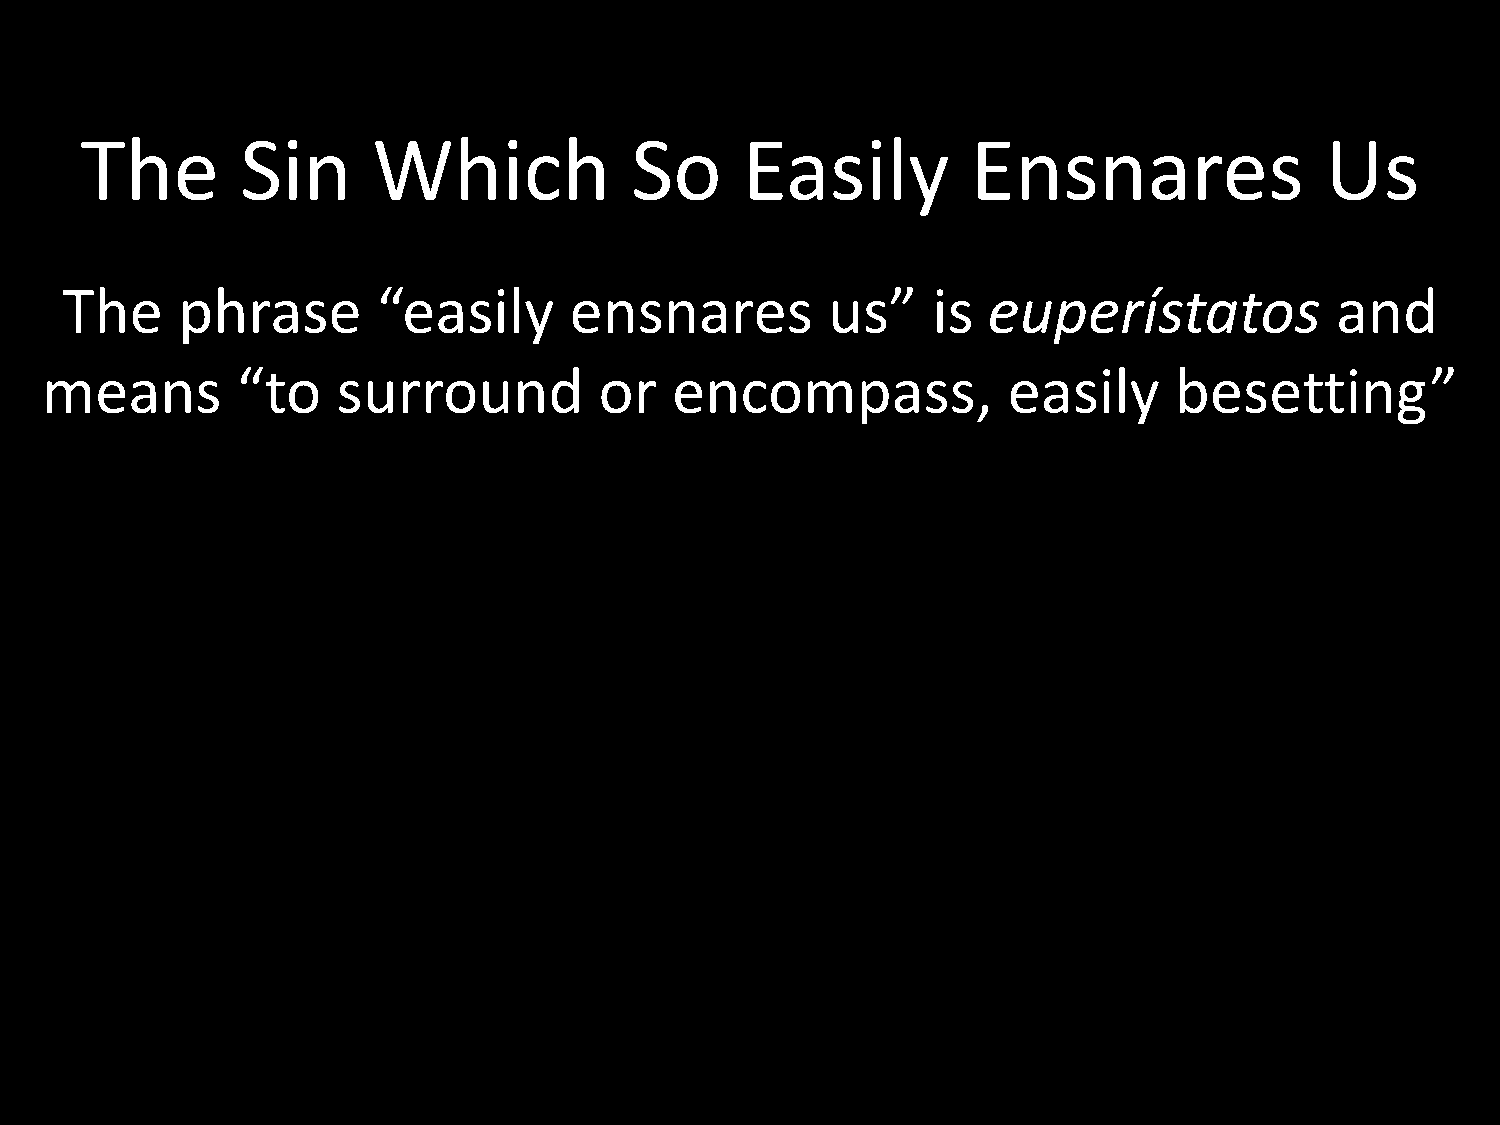
The        Sin      Which            So     Easily         Ensnares                Us
 The     phrase       “easily      ensnares         us”    is euperístatos           and
 means        “to   surround          or  encompass,             easily     besetting”